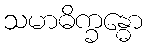
သမာဓိက္ခန္ဓော